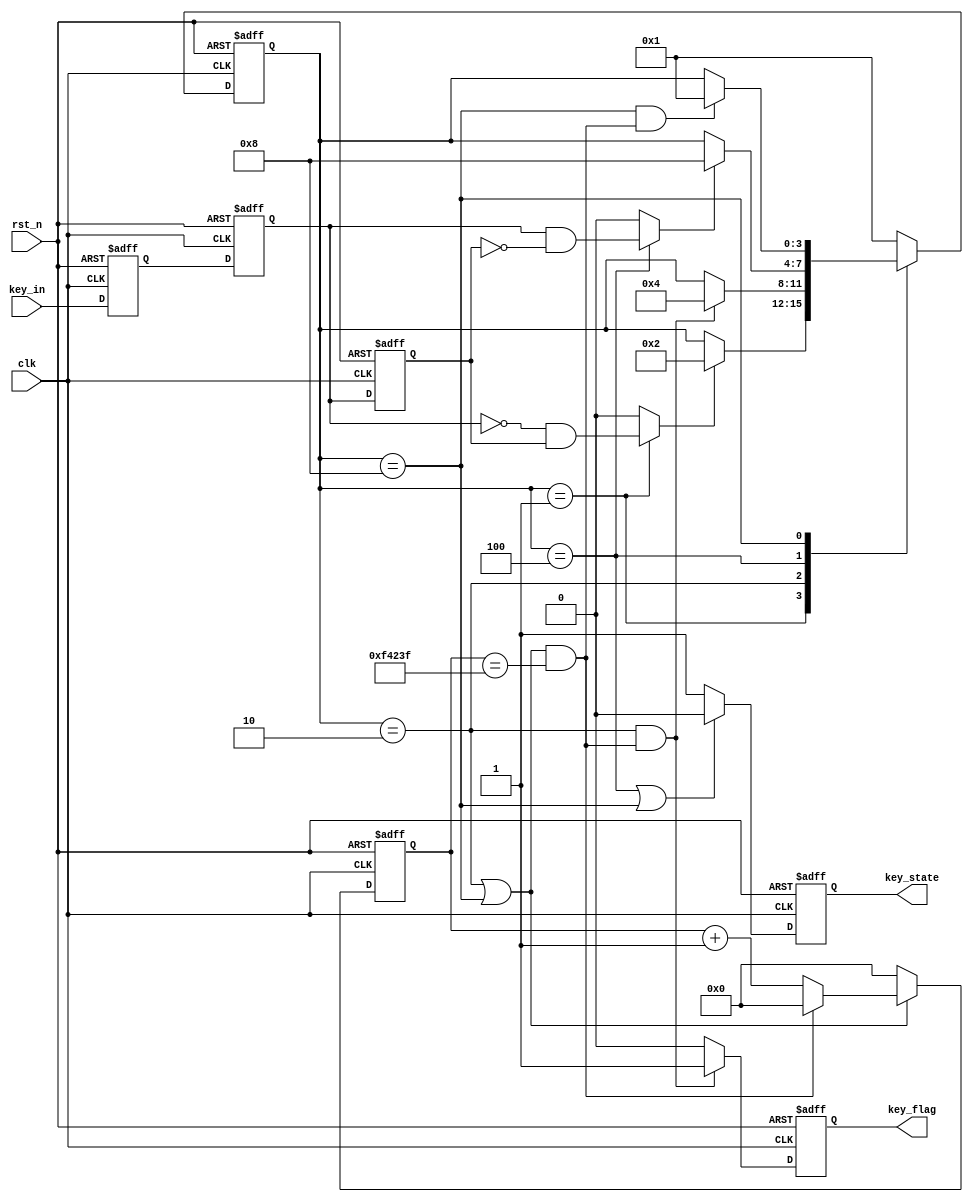
////////////////////////////////////////////////////////////////////////////////
// Company  : 
// Engineer : 
// -----------------------------------------------------------------------------
// https://blog.csdn.net/qq_33231534    PHF's CSDN blog
// -----------------------------------------------------------------------------
// Revise Data    : 2020-09-04 15:17:04
// Target Devices : XC7Z015-CLG485-2
// Tool Versions  : Vivado 2019.2
// Revision       : V1.1
// Editor         : sublime text3, tab size (4)
// Description    : 
////////////////////////////////////////////////////////////////////////////////
module key_filter(
    input                   clk         ,//50MHz
    input                   rst_n       ,//
    input                   key_in      ,//
    output   reg            key_flag    ,//
    output   reg            key_state    //10
);
 
 
parameter IDLE      = 4'b0001      ;//
parameter FILTER1   = 4'b0010      ;//20ms
parameter STABLE    = 4'b0100      ;//
parameter FILTER2   = 4'b1000      ;//20ms
 
parameter TIME_20MS = 20'd1000_000 ;
 
reg   [  3: 0]         state_c      ;//
reg   [  3: 0]         state_n      ;//
 
wire                   IDLE_to_FILTER1  ;//IDLEFILTER1
wire                   FILTER1_to_STABLE;//FILTER1STABLE
wire                   STABLE_to_FILTER2;//STABLEFILTER2
wire                   FILTER2_to_IDLE  ;//FILTER2IDLE
 
reg                    key_in_ff0   ;
reg                    key_in_ff1   ;
reg                    key_in_ff2   ;
 
wire                   key_in_pos   ;//
wire                   key_in_neg   ;//
 
reg   [ 19: 0]         cnt          ;
wire                   add_cnt      ;
wire                   end_cnt      ;
 
//
always  @(posedge clk or negedge rst_n)begin
    if(rst_n==1'b0)begin
        state_c <= IDLE;
    end
    else begin
        state_c <= state_n;
    end
end
 
//
always  @(*)begin
    case(state_c)
        IDLE   :begin
                    if(IDLE_to_FILTER1)
                        state_n = FILTER1;
                    else
                        state_n = state_c;
                end
        FILTER1:begin
                    if(FILTER1_to_STABLE)
                        state_n = STABLE;
                    else
                        state_n = state_c;
                end
        STABLE :begin
                    if(STABLE_to_FILTER2)
                        state_n = FILTER2;
                    else
                        state_n = state_c;
                end
        FILTER2:begin
                    if(FILTER2_to_IDLE)
                        state_n = IDLE;
                    else
                        state_n = state_c;
                end
        default:state_n = IDLE;
    endcase
end
 
//
assign IDLE_to_FILTER1   = key_in_neg   ;
assign FILTER1_to_STABLE = state_c==FILTER1 && end_cnt;
assign STABLE_to_FILTER2 = key_in_pos   ;
assign FILTER2_to_IDLE   = state_c==FILTER2 && end_cnt;
 
//
always  @(posedge clk or negedge rst_n)begin
    if(rst_n==1'b0)begin
        key_in_ff0 <= 1;
        key_in_ff1 <= 1;
        key_in_ff2 <= 1;
    end
    else begin
        key_in_ff0 <= key_in;
        key_in_ff1 <= key_in_ff0;
        key_in_ff2 <= key_in_ff1;
    end
end
 
//
assign key_in_pos = (state_c==STABLE) ?(key_in_ff1 && !key_in_ff2):1'b0;
assign key_in_neg = (state_c==IDLE) ?(!key_in_ff1 && key_in_ff2):1'b0;
 
//20ms
always @(posedge clk or negedge rst_n)begin
    if(!rst_n)begin
        cnt <= 0;
    end
    else if(add_cnt)begin
        if(end_cnt)
            cnt <= 0;
        else
            cnt <= cnt + 1'b1;
    end
    else begin
        cnt <= 0;
    end
end
 
assign add_cnt = state_c==FILTER1 || state_c==FILTER2;       
assign end_cnt = add_cnt && cnt== TIME_20MS-1;
 
//key_flag
always  @(posedge clk or negedge rst_n)begin
    if(rst_n==1'b0)begin
        key_flag <= 0;
    end
    else if(state_c==FILTER1 && end_cnt) begin
        key_flag <= 1;
    end
    else begin
        key_flag <= 0;
    end
end
 
//key_state
always  @(posedge clk or negedge rst_n)begin
    if(rst_n==1'b0)begin
        key_state <= 1;
    end
    else if(state_c==STABLE || state_c==FILTER2) begin
        key_state <= 0;
    end
    else begin
        key_state <= 1;
    end
end
endmodule